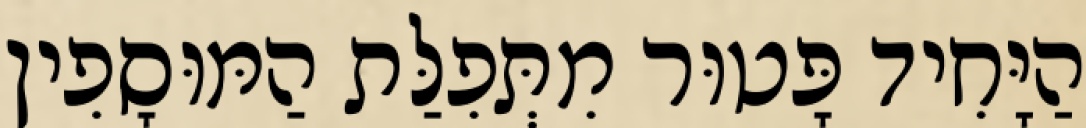
הַיָּחִיד פָּטוּר מִתְּפִלַּת הַמּוּסָפִין